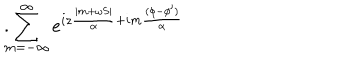
\sum _ { m = - \infty } ^ { \infty } e ^ { i z \frac { | m + \omega S | } \alpha + i m \frac { ( \phi - \phi ^ { \prime } ) } \alpha } \hspace { 1 c m } .